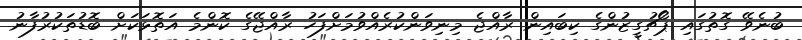
ބުނެވޭ ގޮތުގައި ޕޯޗުގީޒުންގެ ކިބައިން ރާއްޖެ މިނިވަންކުރެއްވުމަށްފަހު ރާއްޖޭގެ ކޮންމެ އަތޮޅަކަށް ބޮޑުތަކުރުފާނު